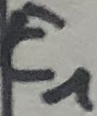
Text: E1